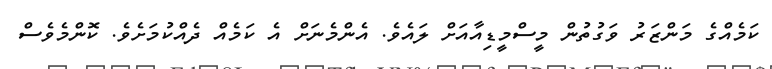
ކަމެއްގެ މަންޒަރު ވަގުތުން މީސްމީޑިއާއަށް ލައެވެ. އެންމެނަށް އެ ކަމެއް ދެއްކުމަށެވެ. ކޮންމެވެސް